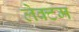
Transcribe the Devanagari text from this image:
लेक्टम